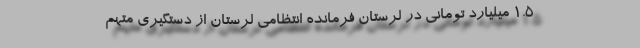
1.5 میلیارد تومانی در لرستان فرمانده انتظامی لرستان از دستگیری متهم